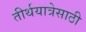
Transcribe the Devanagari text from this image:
तीर्थयात्रेसाठी